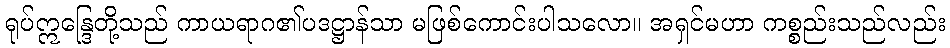
ရုပ်ဣန္ဒြေတို့သည် ကာယရာဂ၏ပဒဋ္ဌာန်သာ မဖြစ်ကောင်းပါသလော။ အရှင်မဟာ ကစ္စည်းသည်လည်း